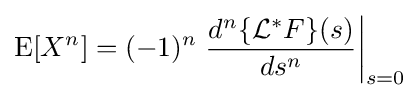
\operatorname {E} [X^{n}]=(-1)^{n}\left.{\frac {d^{n}\{{\mathcal {L}}^{*}F\}(s)}{ds^{n}}}\right|_{s=0}